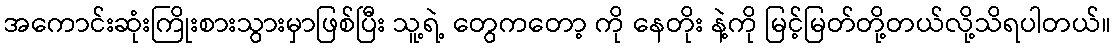
အကောင်းဆုံးကြိုးစားသွားမှာဖြစ်ပြီး သူ့ရဲ့ တွေကတော့ ကို နေတိုး နဲ့ကို မြင့်မြတ်တို့တယ်လို့သိရပါတယ်။